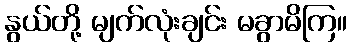
နွယ်တို့ မျက်လုံးချင်း မခွာမိကြ။